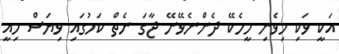
އަކީ ވަކި މިވެނި މީހެކޭ ދެންނެވޭނޭ ޖާގަ ނެތް ކަމުގައި ވިޔަސް މިއީ